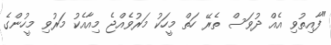
"ފާއިތުވި އެއް ދުވަސް ތެރޭ ހަތް މީހަކު މަރުވެއްޖެ މިއާއެކު މަރުވި މީހުންގެ